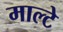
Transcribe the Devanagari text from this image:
माल्टे